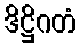
ဒိဋ္ဌိဂတံ